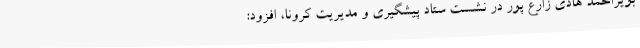
بویراحمد هادی زارع پور در نشست ستاد پیشگیری و مدیریت کرونا، افزود: